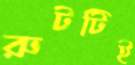
রুটটিই